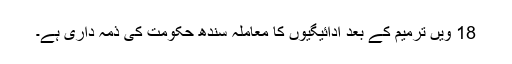
18 ویں ترمیم کے بعد ادائیگیوں کا معاملہ سندھ حکومت کی ذمہ داری ہے۔